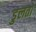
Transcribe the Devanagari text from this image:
डुलतो